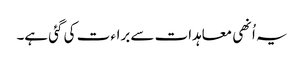
یہ اُنھی معاہدات سے براء ت کی گئی ہے۔